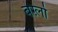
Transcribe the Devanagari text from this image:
बर्ग़्लो